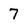
Character: 7